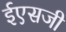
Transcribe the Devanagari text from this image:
ईएसजी